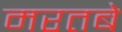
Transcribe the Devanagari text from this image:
मरतबे